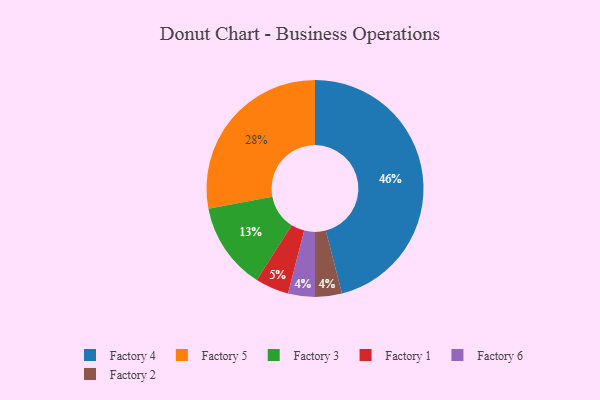
{"axis": {"x": "Category", "y": "Percentage"}, "legend": ["Factory 1", "Factory 2", "Factory 3", "Factory 4", "Factory 5", "Factory 6"], "data": [{"x": "Factory 6", "y": 4, "type": "Factory 6"}, {"x": "Factory 2", "y": 4, "type": "Factory 2"}, {"x": "Factory 4", "y": 46, "type": "Factory 4"}, {"x": "Factory 3", "y": 13, "type": "Factory 3"}, {"x": "Factory 1", "y": 5, "type": "Factory 1"}, {"x": "Factory 5", "y": 28, "type": "Factory 5"}]}